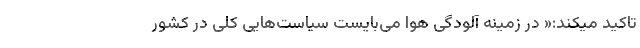
تاکید میکند:« در زمینه آلودگی هوا می‌بایست سیاست‌هایی کلی در کشور